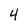
Character: 4